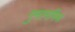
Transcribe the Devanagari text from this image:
गुमानमिश्र